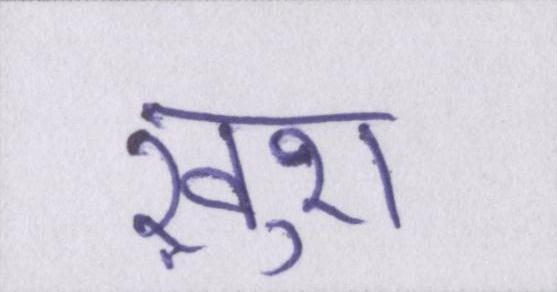
ख़ुश